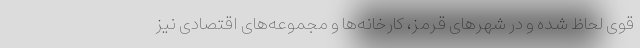
قوی لحاظ شده و در شهرهای قرمز، کارخانه‌ها و مجموعه‌های اقتصادی نیز